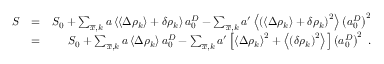
\begin{array} { r l r } { S } & { = } & { S _ { 0 } + \sum _ { \overline { { x } } , k } a \left\langle \left\langle \Delta \rho _ { k } \right\rangle + \delta \rho _ { k } \right\rangle a _ { 0 } ^ { D } - \sum _ { \overline { { x } } , k } a ^ { \prime } \left\langle \left( \left\langle \Delta \rho _ { k } \right\rangle + \delta \rho _ { k } \right) ^ { 2 } \right\rangle \left( a _ { 0 } ^ { D } \right) ^ { 2 } } \\ & { = } & { S _ { 0 } + \sum _ { \overline { { x } } , k } a \left\langle \Delta \rho _ { k } \right\rangle a _ { 0 } ^ { D } - \sum _ { \overline { { x } } , k } a ^ { \prime } \left[ \left\langle \Delta \rho _ { k } \right\rangle ^ { 2 } + \left\langle \left( \delta \rho _ { k } \right) ^ { 2 } \right\rangle \right] \left( a _ { 0 } ^ { D } \right) ^ { 2 } \; . } \end{array}